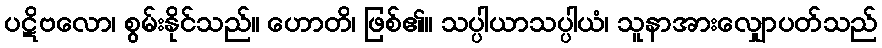
ပဋိဗလော၊ စွမ်းနိုင်သည်။ ဟောတိ၊ ဖြစ်၏။ သပ္ပါယာသပ္ပါယံ၊ သူနာအားလျှောပတ်သည်